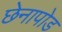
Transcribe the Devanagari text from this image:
छेनापोड